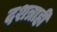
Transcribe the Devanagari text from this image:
दशत्राही